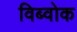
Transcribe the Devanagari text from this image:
विब्वोक